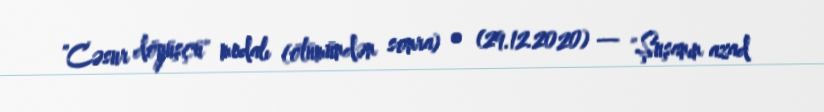
"Cəsur döyüşçü" medalı (ölümündən sonra) • (29.12.2020) — "Şuşanın azad